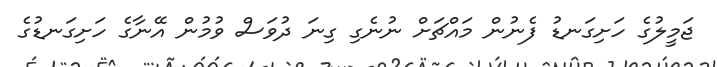
ޖަމީލުގެ ހަށިގަނޑު ފެނުން މައްޗަށް ނުނެގި ގިނަ ދުވަސް ވުމުން އޭނާގެ ހަށިގަނޑުގެ